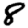
Digit: 8